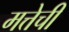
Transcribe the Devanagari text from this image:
मत्तेची